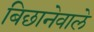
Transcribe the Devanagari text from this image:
बिछानेवाले